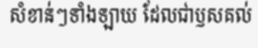
សំខាន់ៗទាំងឡាយ ដែលជាឫសគល់